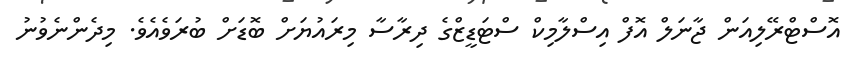
އޮސްޓްރޭލިއަން ޖާނަލް އޮފް އިސްލާމިކް ސްޓަޑީޒްގެ ދިރާސާ މިރައުޔަށް ބޮޑަށް ބުރަވެއެވެ. މިދެންނެވުނު